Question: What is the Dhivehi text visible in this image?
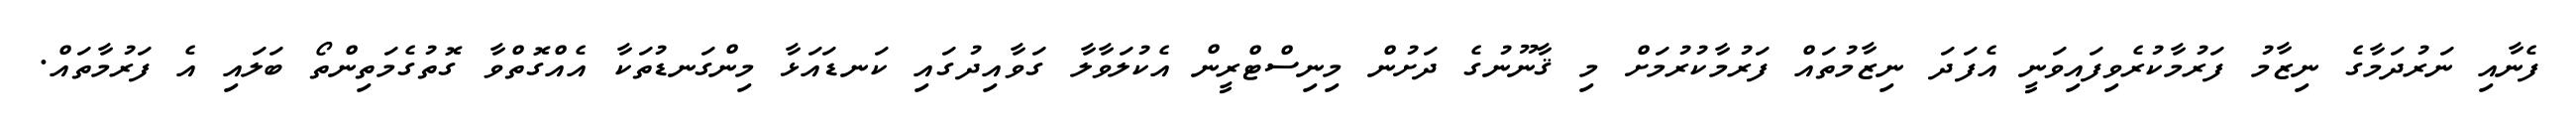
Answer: ފެނާއި ނަރުދަމާގެ ނިޒާމު ފަރުމާކުރެވިފައިވަނީ އެފަދަ ނިޒާމުތައް ފަރުމާކުރުމަށް މި ޤާނޫނުގެ ދަށުން މިނިސްޓްރީން އެކުލަވާލާ ގަވާއިދުގައި ކަނޑައަޅާ މިންގަނޑުތަކާ އެއްގޮތްވާ ގޮތުގެމަތިންތޯ ބަލައި އެ ފަރުމާތައް.